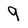
Character: 9